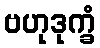
ဗဟုဒုက္ခံ